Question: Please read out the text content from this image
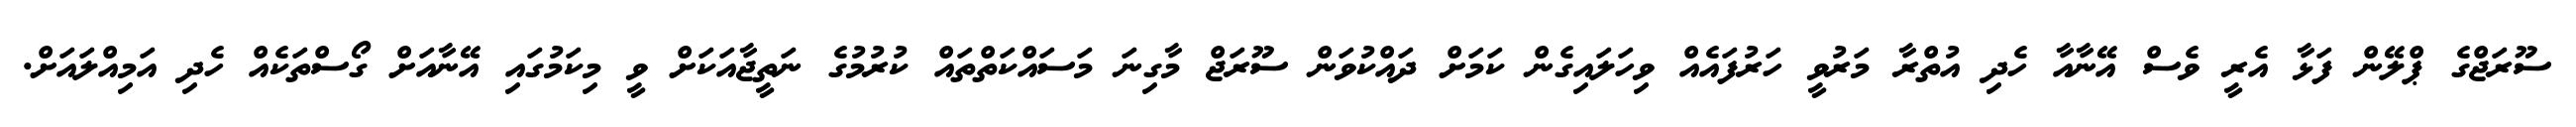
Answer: ސޫރަޖްގެ ޕްލޭން ފަޅާ އެރީ ވެސް އޭނާއާ ހެދި އުތްރާ މަރުވީ ހަރުފައެއް ވިހަލައިގެން ކަމަށް ދައްކުވަން ސޫރަޖް މާގިނަ މަސައްކަތްތައް ކުރުމުގެ ނަތީޖާއަކަށް ވީ މިކަމުގައި އޭނާއަށް ގޯސްތަކެއް ހެދި އަމިއްލައަށް.